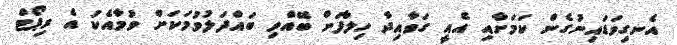
އެނގިވަޑައިނުގެން ކަމަށާއި އެއީ ގަވާއިދާ ހިލާފަށް ބޭއްވި ބައްދަލުވުމަކަށް ވުމާއެކު އެ ރިޕޯޓް